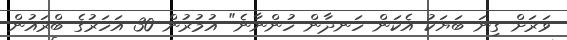
ވަރަށް ގިނަ ބަޔަކު އެކަން ހަނދާން ހުންނާނެ" އުމުރުން 30 އަހަރުގެ ބްރައުން